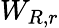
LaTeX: W_{R,r}